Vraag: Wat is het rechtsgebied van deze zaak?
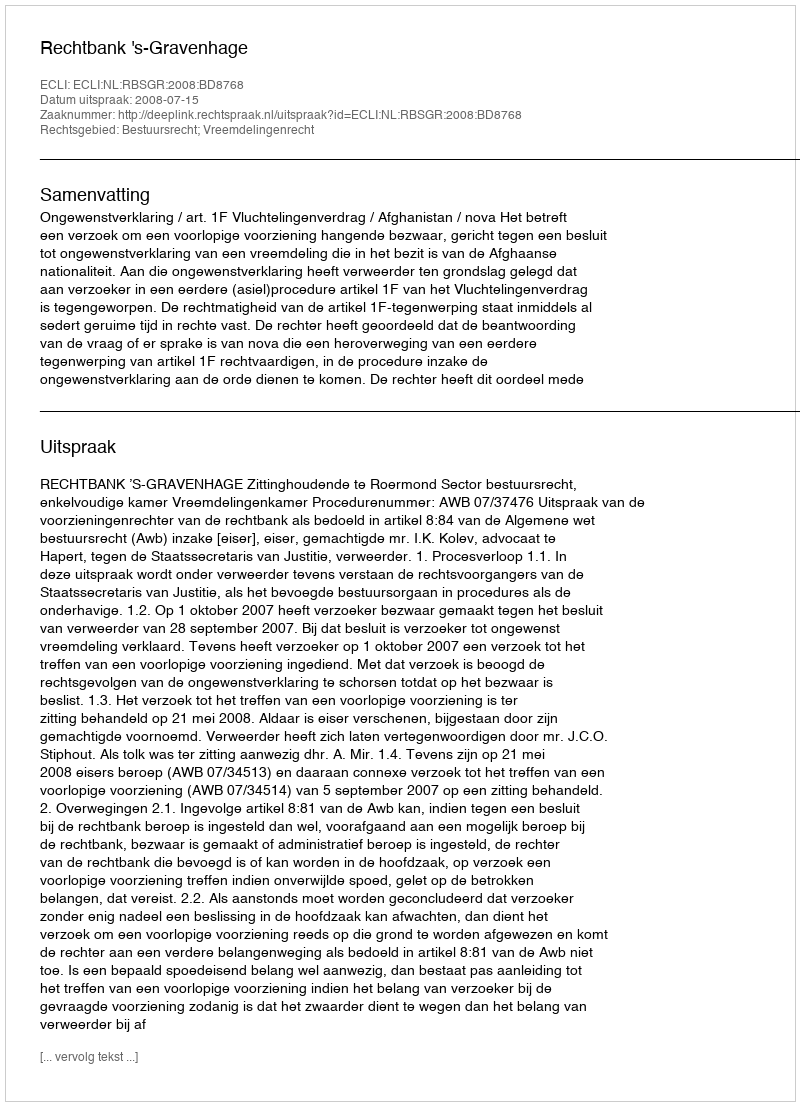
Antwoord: Bestuursrecht; Vreemdelingenrecht